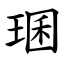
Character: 㻒